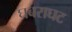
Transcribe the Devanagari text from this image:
घबराघट